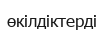
өкілдіктерді